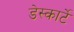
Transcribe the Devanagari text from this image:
डेस्कार्टे